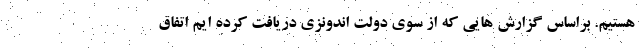
هستیم. براساس گزارش هایی که از سوی دولت اندونزی دریافت کرده ایم اتفاق